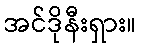
အင်ဒိုနီးရှား။